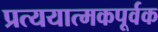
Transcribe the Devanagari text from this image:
प्रत्ययात्मकपूर्वक